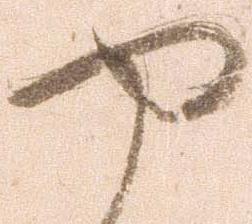
や